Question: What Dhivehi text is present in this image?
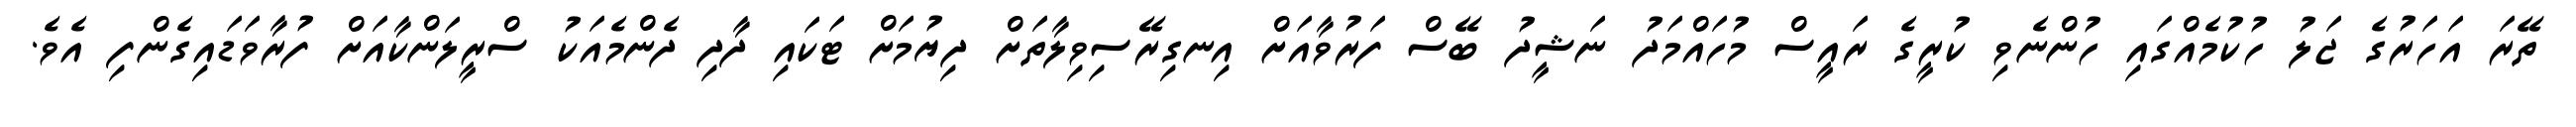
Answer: ތޭރަ އަހަރުގެ ޖަލު ހުކުމެއްގައި ހުންނެވި ކުރީގެ ރައީސް މުހައްމަދު ނަޝީދު ބޭސް ފަރުވާއަށް އިނގިރޭސިވިލާތަށް ދިޔުމަށް ޓަކައި ދާދި ދެންމެއަކު ސްރީލަންކާއަށް ފުރާވަޑައިގެންފި އެވެ.